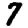
Digit: 7